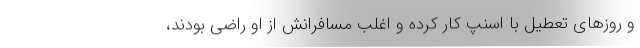
و روزهای تعطیل با اسنپ کار کرده و اغلب مسافرانش از او راضی بودند،